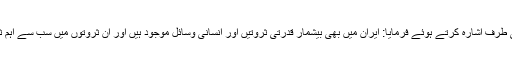
رہبر معظم انقلاب اسلامی نے مختلف ممالک کی قدرتی ثروتوں اور انسانی وسائل کی طرف اشارہ کرتے ہوئے فرمایا: ایران میں بھی بیشمار قدرتی ثروتیں اور انسانی وسائل موجود ہیں اور ان ثروتوں میں سب سے اہم ثروت ایرانی عوام کی دین اسلام کے ساتھ والہانہ محبت، مجاہدت اور جذبہ اعتقاد ہے۔